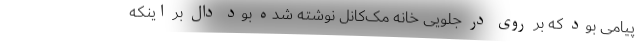
پیامی بود که بر روی در جلویی خانه مک‌کانل نوشته شده بود دال بر اینکه